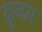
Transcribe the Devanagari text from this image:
कूनम